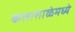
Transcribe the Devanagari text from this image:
कलाशाळेमध्ये